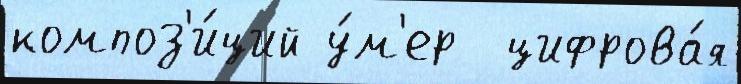
композ'и́ций у́м'ер  цифрова́я